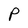
Character: P